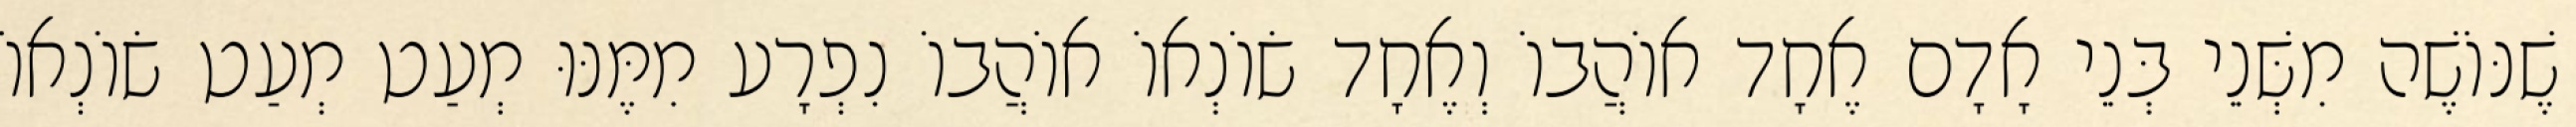
שֶׁנּוֹשֶׁה מִשְּׁנֵי בְּנֵי אָדָם אֶחָד אוֹהֲבוֹ וְאֶחָד שׂוֹנְאוֹ אוֹהֲבוֹ נִפְרָע מִמֶּנּוּ מְעַט מְעַט שׂוֹנְאוֹ